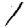
Digit: 1